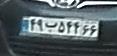
۴۹ب۵۴۴۶۶